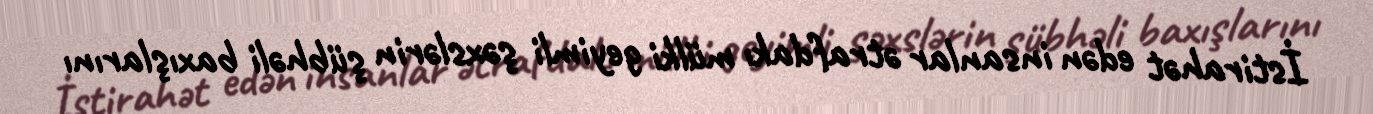
İstirahət edən insanlar ətrafdakı mülki geyimli şəxslərin şübhəli baxışlarını